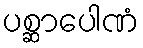
ပစ္ဆာပေါဏံ